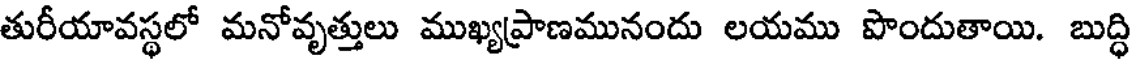
తురీయావస్థలో మనోవృత్తులు ముఖ్యప్రాణమునందు లయము పొందుతాయి. బుద్ధి